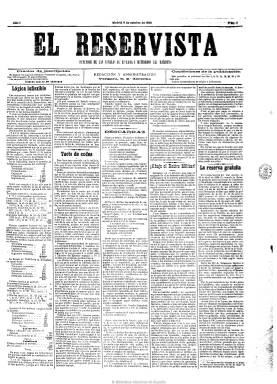
Título: El Reservista (Madrid)
Colección: Fuerzas armadas || Periódicos
Ámbito geográfico: Madrid
Lugar de publicación: Madrid
Fechas: 02/10/1892-04/08/1895

Forma parte de la prensa de carácter militar y espíritu corporativista que se publica en España durante la Restauración, en este caso como “defensor de las escalas de reserva y retirados y gratuitos, e intereses generales del Ejército y Armada”, que mantuvo una violenta campaña contra José López Domínguez (1829-1911) como ministro de la Guerra durante el gobierno sagastino (1892-1895). Aparece el dos de octubre de 1892 con formato de diario, en números de cuatro páginas y a cinco columnas, con una periodicidad que alcanza los diez números mensuales en días fijos.

Como periódico de opinión en defensa de los intereses de los oficiales no activos del Ejército, inserta principalmente artículos reivindicativos referidos a su situación administrativa, con secciones fijas como Estafeta de un reservista, firmada por Desengaño; Descargas, por Fígaro; Chismografía, Correspondencia de provincias, además de otras de carácter literario o teatral. Ofrece noticias sobre todo relacionadas con sucesos en los que intervienen militares o los conflictos del Ejército español, como son las guerras coloniales del norte de África y Cuba. La correspondencia o cartas de los lectores son también muy asiduas. Deja las últimas planas para la publicación del clásico folletín, espacio que suele ser ocupado también por textos legales, como el del Código de Justicia Militar, y anuncios comerciales, al final.

Desde finales de 1888 estaba prohibido que los militares españoles fundaran o dirigieran periódicos de carácter político, por lo que se desconoce quienes fundaran o dirigieran El reservista, apareciendo entre sus redactores o colaboradores los nombres, entre otros, de José Muñiz de Quevedo, Luis Gabaldón, José Castro Álvarez, José Sánchez Bregua o Alejandro Larrubiera y Crespo, junto a otros seudónimos como los ya indicados.

Debió desaparecer o ser suspendido al cabo del año. El número 117, correspondiente al once de octubre de 1893, es el último de su primera época en la colección de la Biblioteca Nacional de España (BNE), y cuando reaparece el 12 de julio de 1894, iniciando nueva secuencia, señala que su lugar en la prensa había sido ocupado, a partir del 14 de febrero de este año, por La unión militar (1894), dirigida por José González Martín, también defensora de las mismas escalas de retirados y reservistas del Ejército y con similar formato. Aunque hay dudas que en ese interin se hubiera editado primero con el título simple de La unión.

En su nueva época aparece como su administrador José Rodríguez de Alba, capitán de la Escala de Reserva, y lo hace bajo el subtítulo de “periódico independiente”, para desde abril de 1895 indicar que su director es Antonio Rodríguez Cruzado y siendo su subtítulo “periódico liberal conservador”, expresando también en su cabecera que sigue siendo “defensor de las escalas de reserva y retirados…”, y apareciendo dos veces a la semana.

El último número de este título en la colección de la BNE corresponde al cuatro de agosto de 1895, pero debió seguir publicándose hasta un año después, siendo sustituido por El heraldo militar, que ya sin el artículo en su cabecera vivió, al menos, hasta finales de 1918.